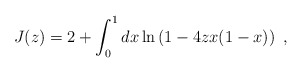
\begin{align*}J(z) = 2 + \int_{0}^{1} dx \ln \left(1 - 4 z x(1-x) \right) \ ,\end{align*}